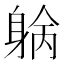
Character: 𨉓